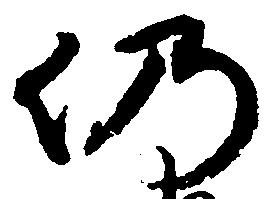
仍